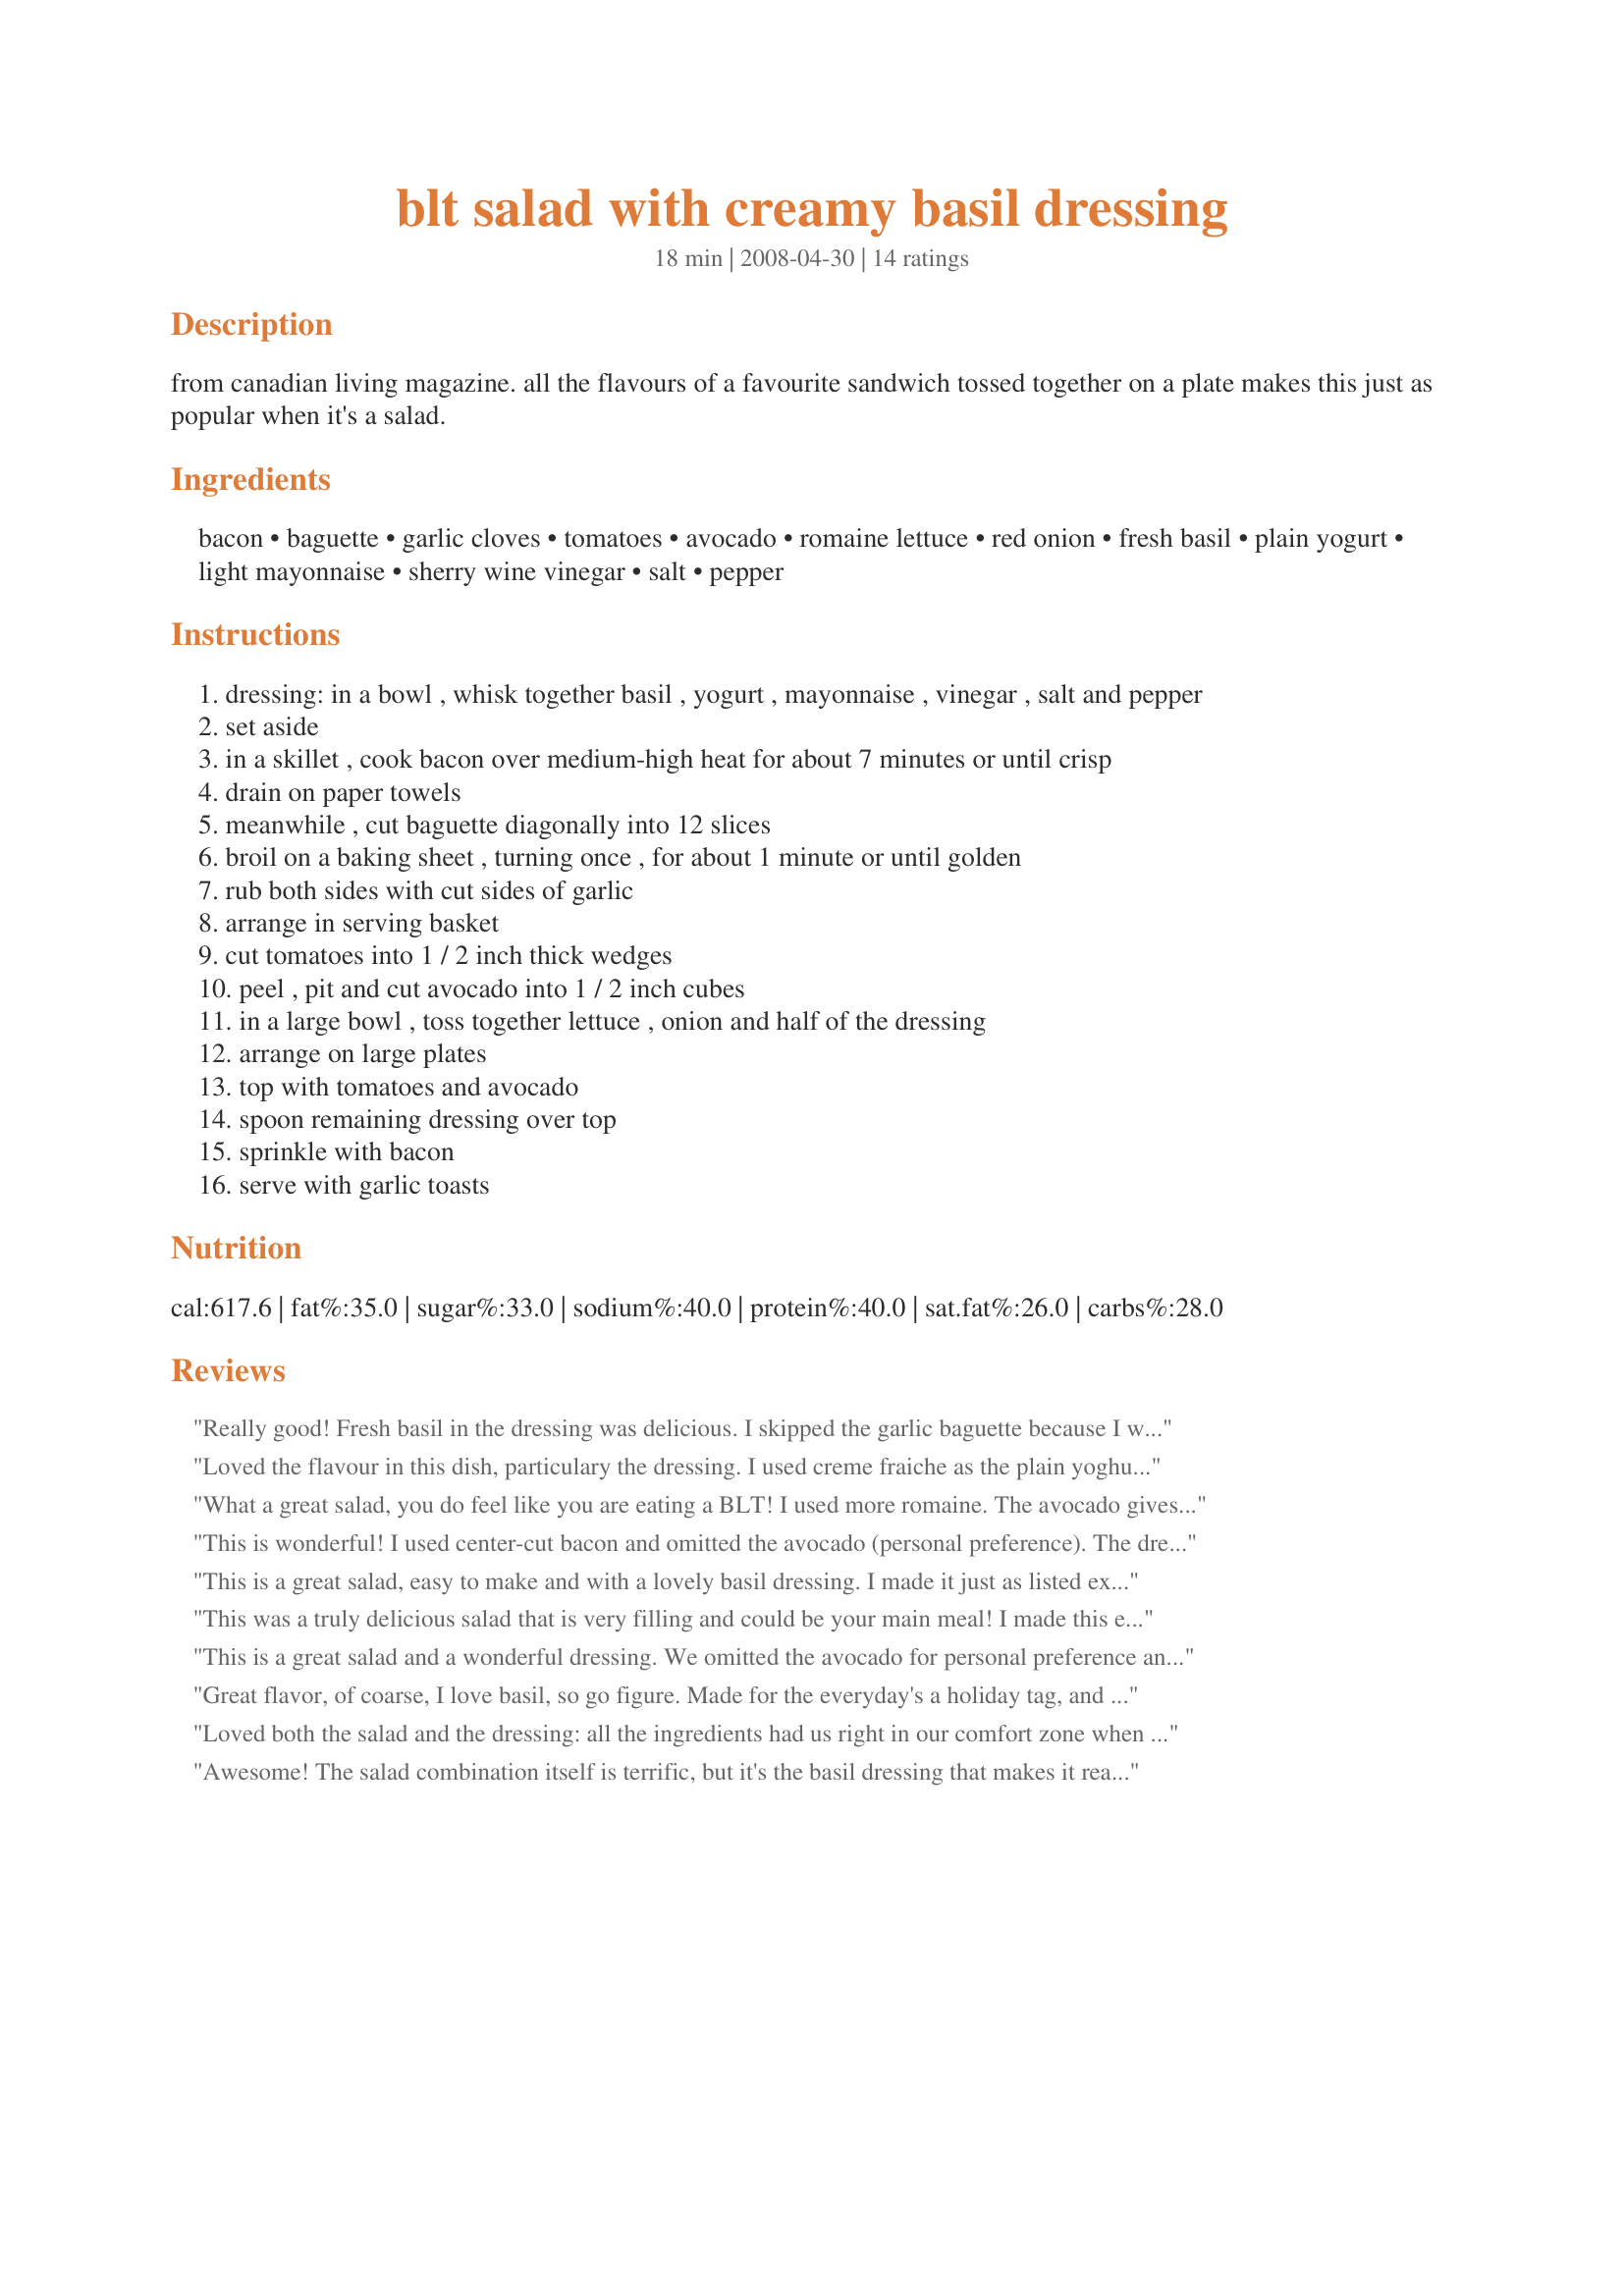
blt salad with creamy basil dressing
Preparation time: 18 minutes

from canadian living magazine. all the flavours of a favourite sandwich tossed together on a plate makes this just as popular when it's a salad.

Ingredients:
bacon, baguette, garlic cloves, tomatoes, avocado, romaine lettuce, red onion, fresh basil, plain yogurt, light mayonnaise, sherry wine vinegar, salt, pepper

Steps:
dressing: in a bowl , whisk together basil , yogurt , mayonnaise , vinegar , salt and pepper
set aside
in a skillet , cook bacon over medium-high heat for about 7 minutes or until crisp
drain on paper towels
meanwhile , cut baguette diagonally into 12 slices
broil on a baking sheet , turning once , for about 1 minute or until golden
rub both sides with cut sides of garlic
arrange in serving basket
cut tomatoes into 1 / 2 inch thick wedges
peel , pit and cut avocado into 1 / 2 inch cubes
in a large bowl , toss together lettuce , onion and half of the dressing
arrange on large plates
top with tomatoes and avocado
spoon remaining dressing over top
sprinkle with bacon
serve with garlic toasts

Reviews:
Really good! Fresh basil in the dressing was delicious. I skipped the garlic baguette because I was being lazy but it would have made my salad even better. Thanks for sharing the recipe!
Loved the flavour in this dish, particulary the dressing. I used creme fraiche as the plain yoghurt and the dressing had a really fresh light taste. Thanks for a lovely recipe!
What a great salad, you do feel like you are eating a BLT! I used more romaine. The avocado gives this salad a nice touch. Next time I will add a tad more vinegar, less mayo, and maybe some water to thin the dressing a little bit.
This is wonderful! I used center-cut bacon and omitted the avocado (personal preference). The dressing is very good and easy to make. This made a nice lunch for my DH and I. Thanks for sharing!
This is a great salad, easy to make and with a lovely basil dressing. I made it just as listed except I used a sweet Vidalia onion instead of red onion. It was just right (for us). Made for Photo Tag.
This was a truly delicious salad that is very filling and could be your main meal! I made this exactly as posted and loved it. The yogurt in the dressing gave it a nice tang and the basil was a unique twist. This stretches a lot if it's served as a first course because it is so hearty. I would recommend this to anyone wanting to impress guests, as well. Thanks for sharing this keeper! Made for PRMR Tag Game.
This is a great salad and a wonderful dressing. We omitted the avocado for personal preference and took the advice of another reviewer and used 1/3 cup of basil and it was perfect. I didn't get to serve the salad with the toasted baguette slices because while there was a baguette last night, seems like DH had a late night sandwich. ;)
Great flavor, of coarse, I love basil, so go figure. Made for the everyday's a holiday tag, and glad I did. Served for dinner last night, daughter loved it, so did hubby. Thanks for another keeper.
Loved both the salad and the dressing: all the ingredients had us right in our comfort zone when it comes to flavours. I halved the recipe for just two of us, and followed it with only a few minor adjustments. I still used a whole avocado (just LOVE avocado, and they really are best eaten the day they are cut open) and I used creamy Greek yoghurt in the dressing (basically, it's the only yoghurt I ever use). I also added 1/4 cup of chopped pistachios to the salad. They added some extra crunch and flavour! Thanks for sharing this great recipe, Boomette! Made for the Please Review My Recipe tag game.
Awesome! The salad combination itself is terrific, but it's the basil dressing that makes it really terrific! The sweet basil flavor is perfect against the salty bacon and the fresh tomatoes.... and everything else. I made the dressing hours ahead of time to allow the flavors to develop and I'm hooked on the dressing alone. I'm going to use this simple dressing recipe on many other salads. Thanx for posting!
This was easy to put together but for us we thought the basil dressing drowned out all the other flavors. Very strong flavor. And I only used a little over a third of a cup of basil.
How good is this? Just went over to the greenhouse pulled enough basil leaves right off the plant and made the salad. Well, I couldn't even wait for dinner, I just kept dipping the dressing with mushrooms, carrots, and cucumber. Oh how we loved this on the farm! I gave my Dad a salad, and made an extra for Dennis, and we were done the dressing. I used fresh, really fresh basil since I grow it 365 days a year. The recipe as written for us, on Longmeadow Farm was perfection ~ and loved every bite. Thank you Boomette the farm changed nothing. Made for *SSC Pet Parade* July 2008.
I made this awhile back and forgot to review it! Sorry! It was delicious! I used veggie bacon and scaled the recipe back for 2. 
Thanks France! Made for PRMR.
This is very good. I used more romaine than the recipe called for as I like lots of lettuce. I used less tomatoes as i inadvertently ate most of my tomatoes. I mixed up dressing and served a drizzle over each serving when needed.
